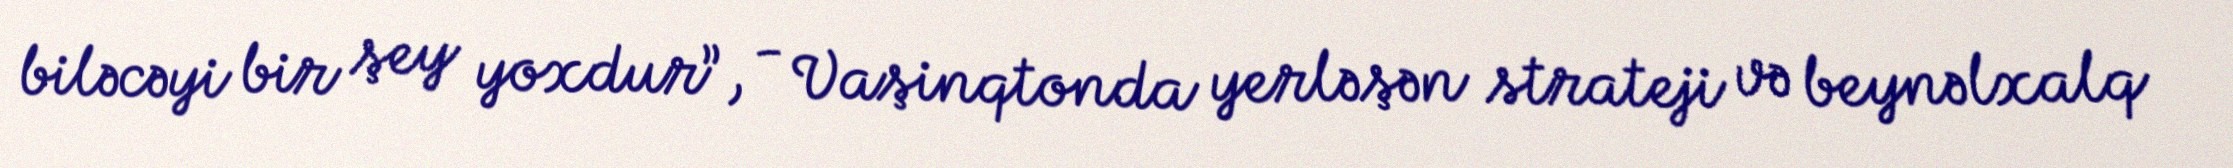
biləcəyi bir şey yoxdur”, - Vaşinqtonda yerləşən strateji və beynəlxalq